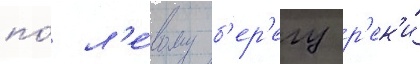
по́ л'е́вому б'ер'егу р'ек'и́